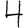
Digit: 4